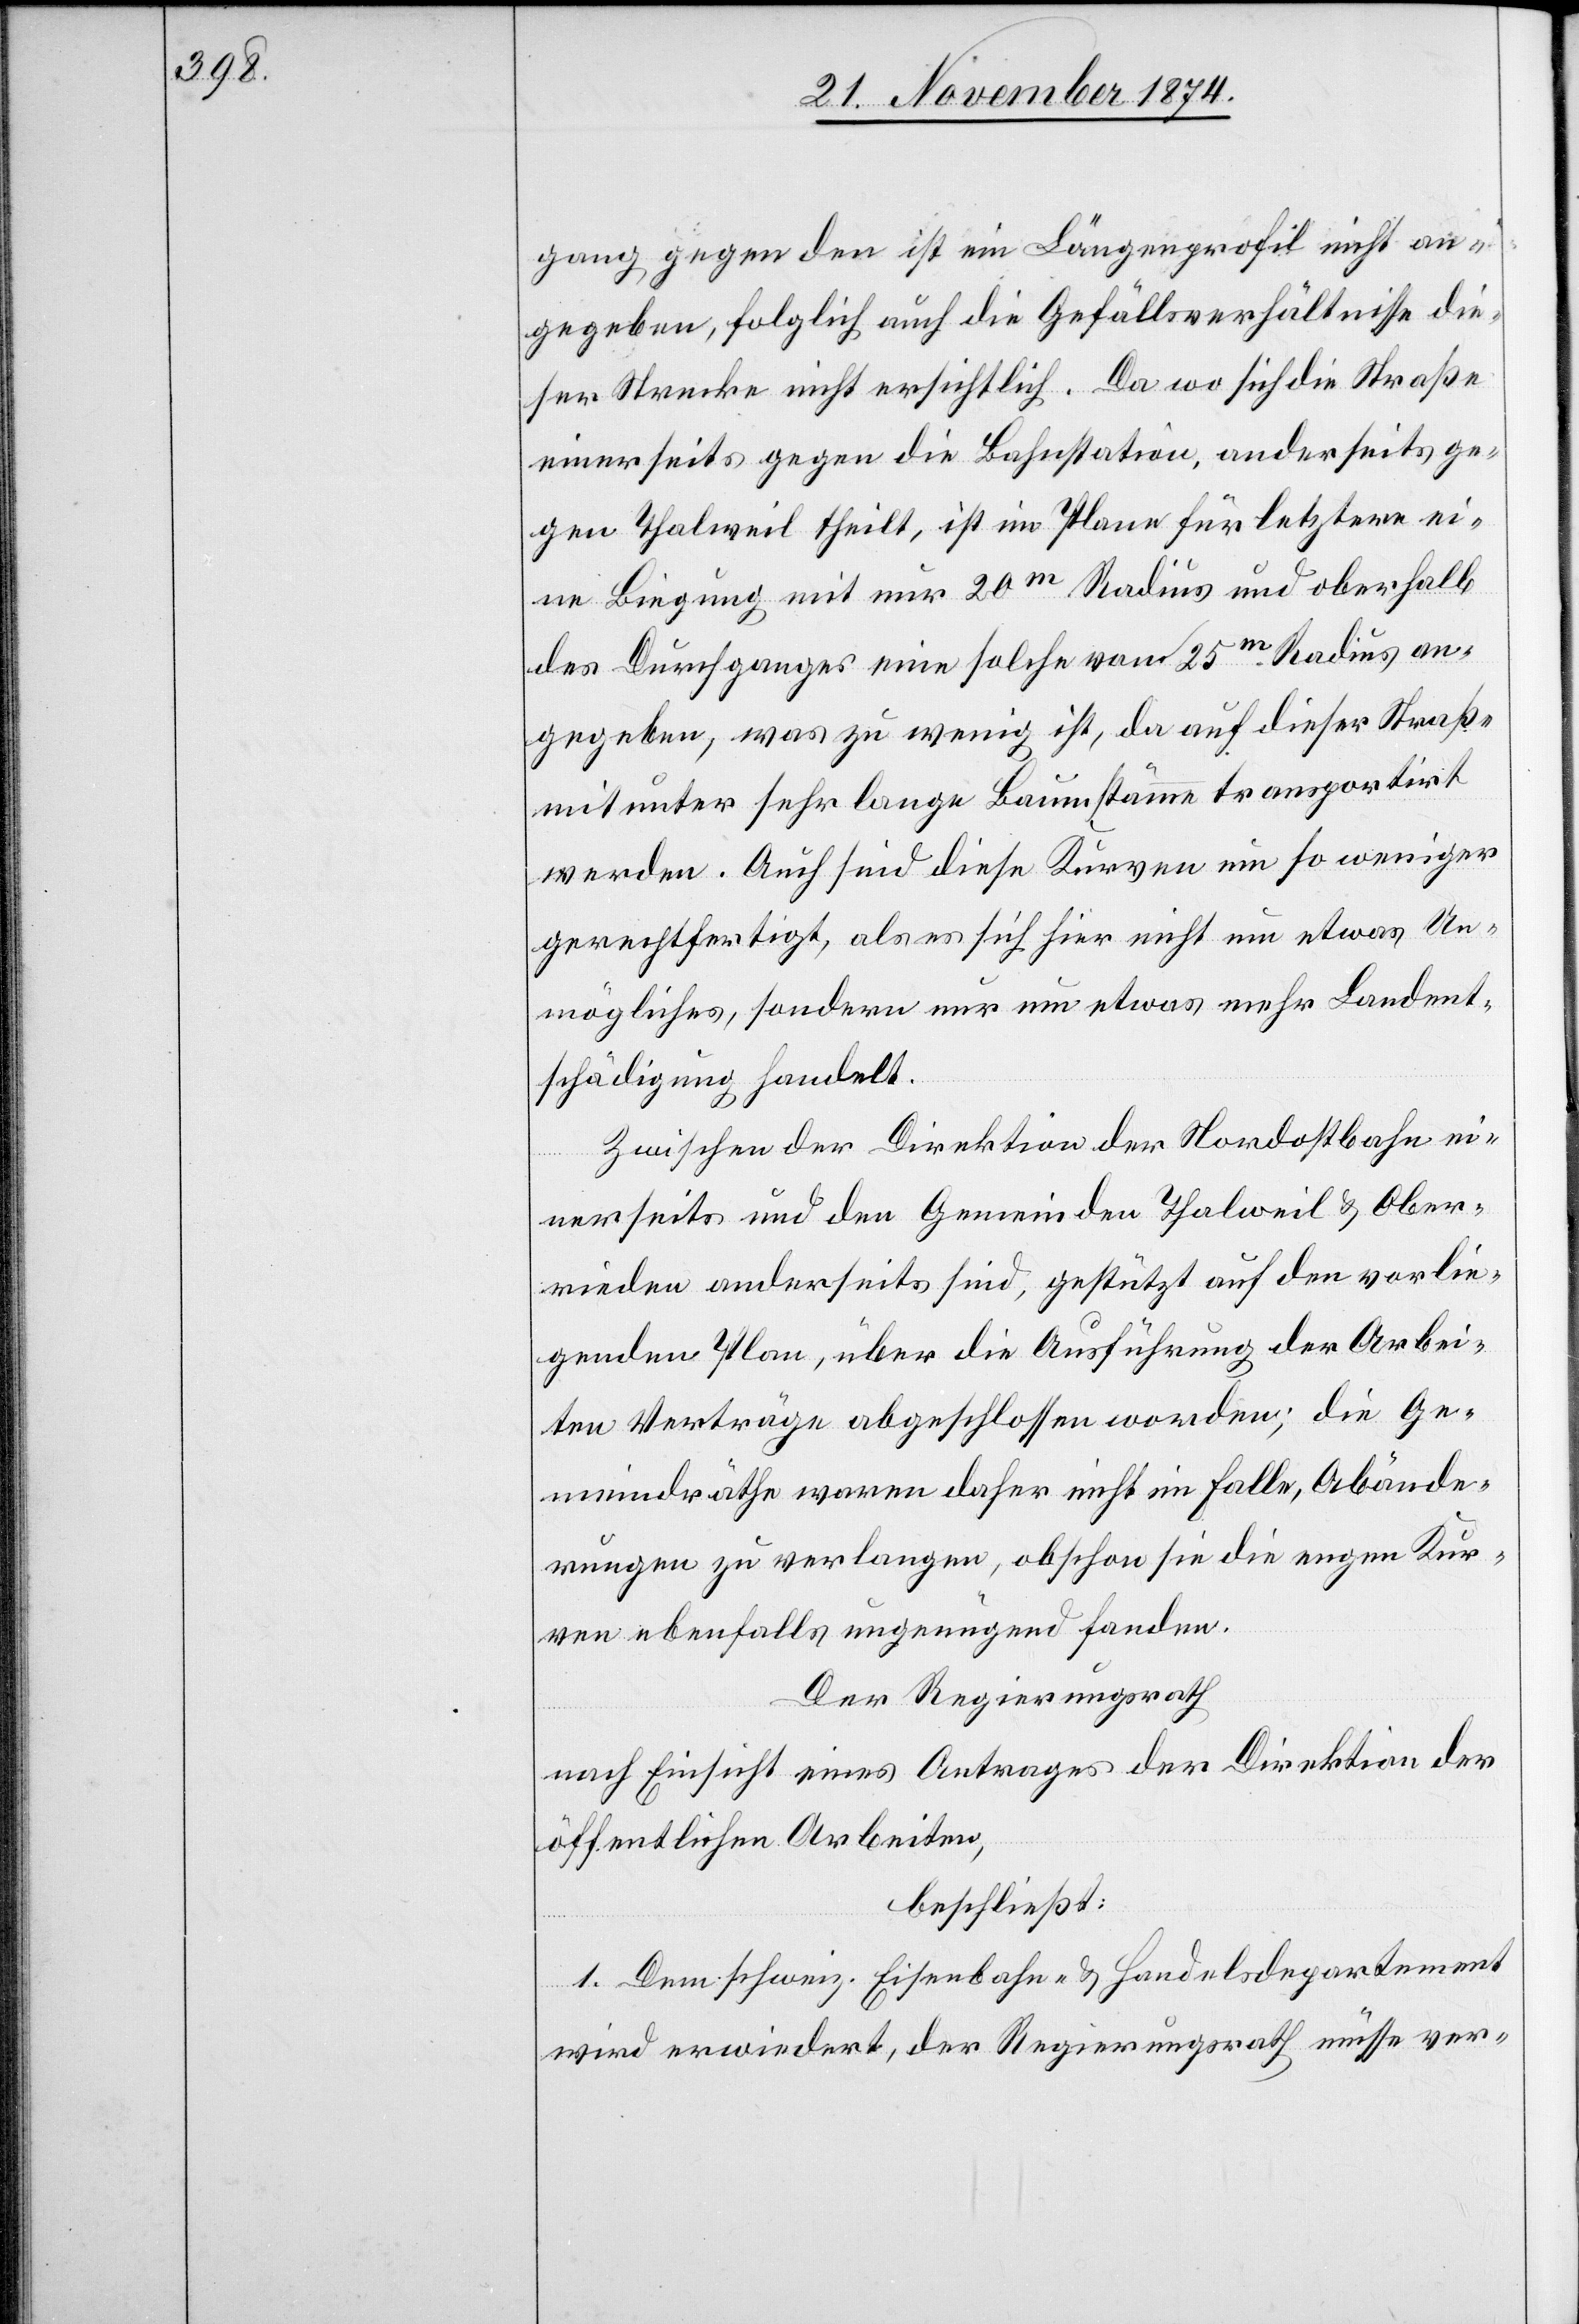
gang gegen den ist ein Längenprofil nicht an¬
gegeben [sic!], folglich auch die Gefällsverhältnisse die¬
ser Strecke nicht ersichtlich. Da wo sich die Straße
einerseits gegen die Bahnstation, anderseits ge¬
gen Thalweil theilt, ist im Plane für letztere ei¬
ne Biegung mit nur 20m Radius und oberhalb
des Durchganges eine solche von 25m Radius an¬
gegeben, was zu wenig ist, da auf dieser Straße
mitunter sehr lange Baumstämme transportirt
werden. Auch sind diese Kurven um so weniger
gerechtfertigt, als es sich hier nicht um etwas Un¬
mögliches, sondern nur um etwas mehr Landent¬
schädigung handelt.
Zwischen der Direktion der Nordostbahn ei¬
nerseits und den Gemeinden Thalweil & Ober¬
rieden anderseits sind, gestützt auf den vorlie¬
genden Plan, über die Ausführung der Arbei¬
ten Verträge abgeschlossen worden; die Ge¬
meindräthe waren daher nicht im Falle, Abände¬
rungen zu verlangen, obschon sie die engen Kur¬
ven ebenfalls ungenügend fanden.
Der Regierungsrath
nach Einsicht eines Antrages der Direktion der
öffentlichen Arbeiten,
beschließt:
1. Dem schweiz. Eisenbahn- & Handelsdepartement
wird erwiedert, der Regierungsrath müsse ver-